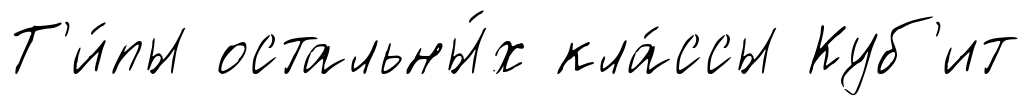
Т'и́пы остальны́х кла́ссы Куб'ит